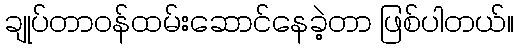
ချုပ်တာဝန်ထမ်းဆောင်နေခဲ့တာ ဖြစ်ပါတယ်။